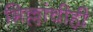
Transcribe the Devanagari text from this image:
भिल्लांचीही